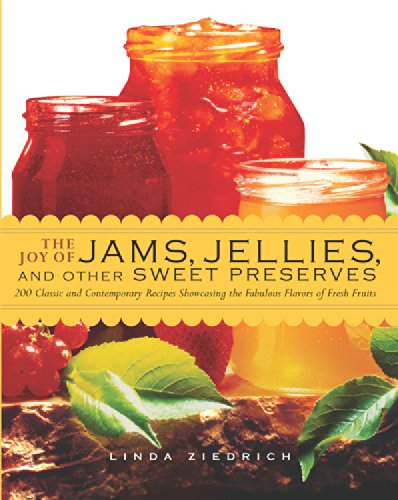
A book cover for The Joy of Jams, Jellies, and Other Sweet Preserves: 200 Classic and Contemporary Recipes Showcasing the Fabulous Flavors of Fresh Fruits; Linda Ziedrich; Cookbooks, Food & Wine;